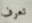
تعرف